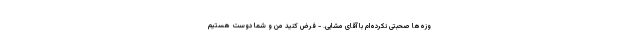
وزه‌ها صحبتی نکرده‌ام با آقای مشایی. - فرض کنید من و شما دوست هستیم